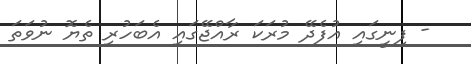
- ފިނީގައި އުފެދޭ މުރަކަ ރާއްޖޭގައި އެބަހުރި ތެޔޮ ނުވަތަ